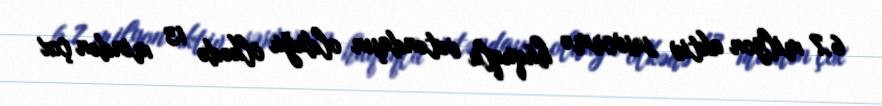
6,7 milyon aktiv səsvermə hüquqlu vətəndaşın olduğu ölkədə 13 mindən çox